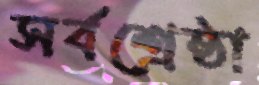
সর্বশ্রেষ্ঠা